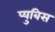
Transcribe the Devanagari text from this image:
प्युबिस